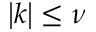
\left\lvert k \right\rvert \le \nu